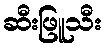
ဆီးဖြူသီး